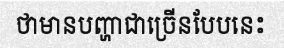
ថាមានបញ្ហាជាច្រើនបែបនេះ